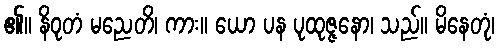
၏။ နိဝုတံ မညေတိ၊ ကား။ ယော ပန ပုထုဇ္ဇနော၊ သည်။ မိနေတုံ၊